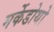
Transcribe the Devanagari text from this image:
मर्केडोथो